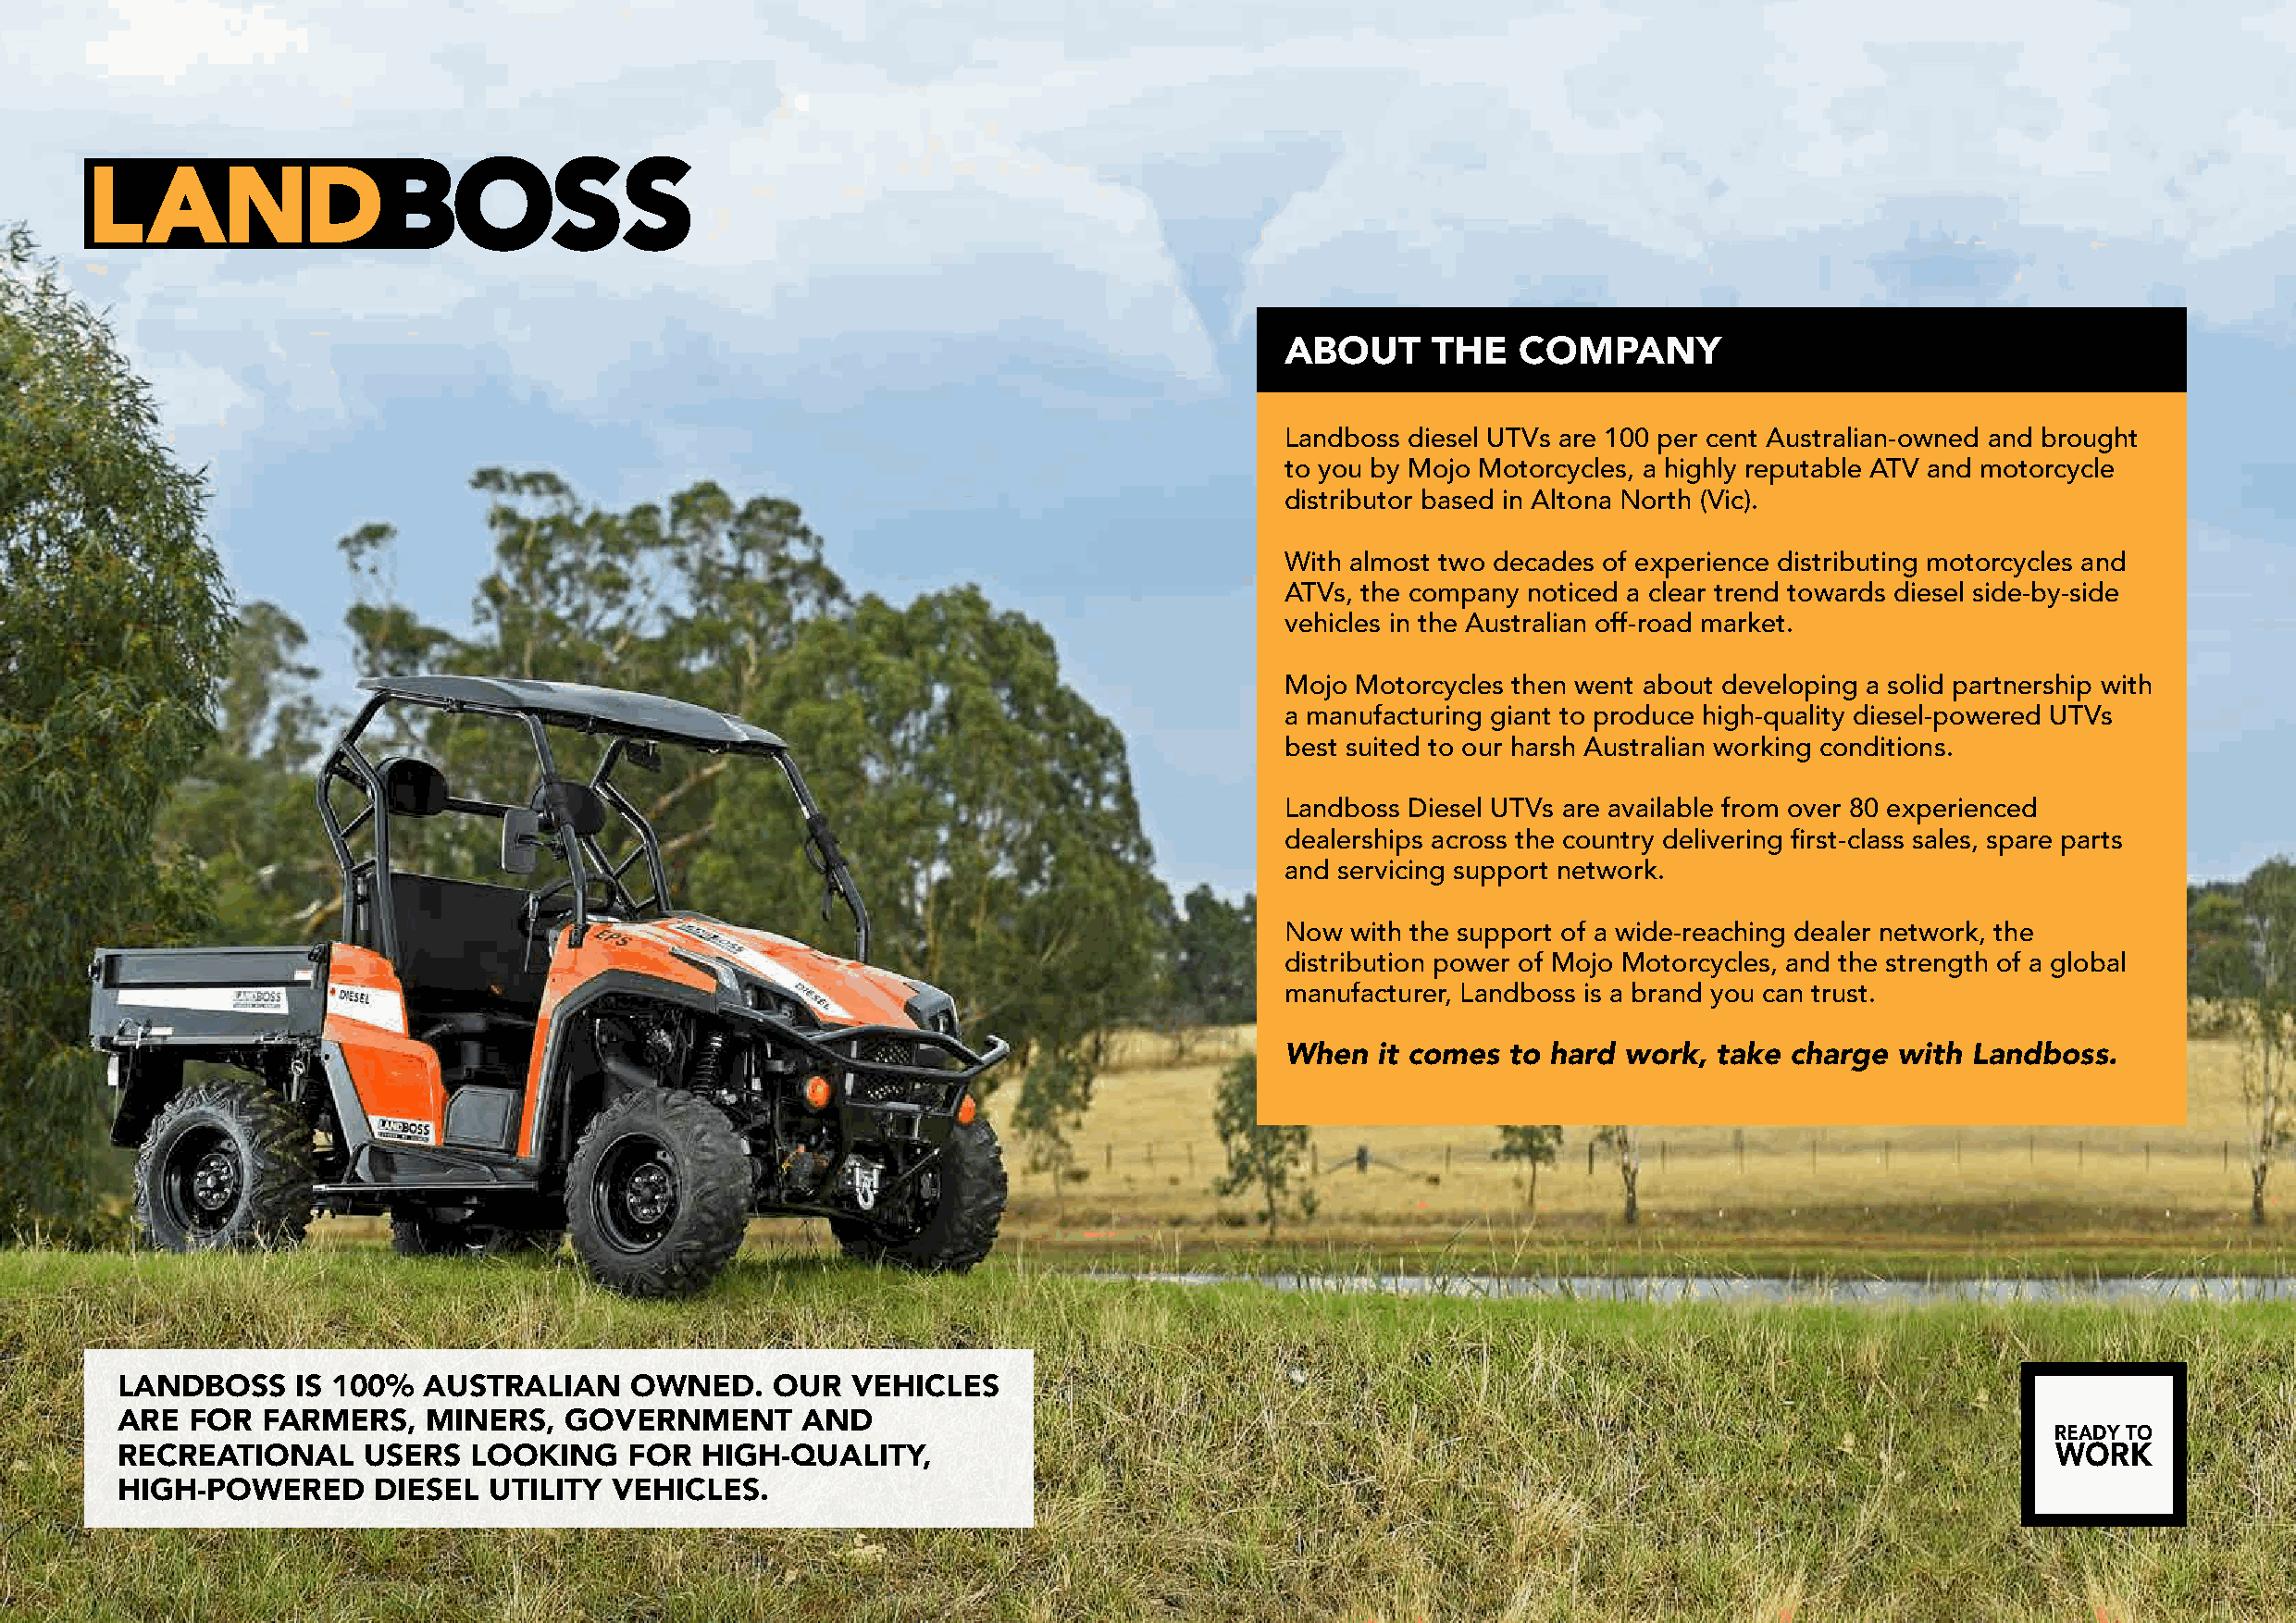
ABOUT     THE    COMPANY
 Landboss diesel UTVs are 100 per cent Australian-owned and brought
 to you by Mojo Motorcycles, a highly reputable ATV and motorcycle
 distributor based in Altona North (Vic).
 With almost two decades of experience distributing motorcycles and
 ATVs, the company noticed a clear trend towards diesel side-by-side
 vehicles in the Australian off-road market.
 Mojo Motorcycles then went about developing a solid partnership with
 a manufacturing giant to produce high-quality diesel-powered UTVs
 best suited to our harsh Australian working conditions.
 Landboss Diesel UTVs are available from over 80 experienced
 dealerships across the country delivering first-class sales, spare parts
 and servicing support network.
 Now  with the support of a wide-reaching dealer network, the
 distribution power of Mojo Motorcycles, and the strength of a global
 manufacturer, Landboss is a brand you can trust.
 When   it comes to hard work,  take charge  with Landboss.
 LANDBOSS     IS 100%  AUSTRALIAN     OWNED.    OUR   VEHICLES
 ARE   FOR  FARMERS,   MINERS,   GOVERNMENT       AND
 READY TO
 RECREATIONAL      USERS   LOOKING    FOR  HIGH-QUALITY,                                                                                    WORK
 HIGH-POWERED       DIESEL  UTILITY  VEHICLES.